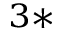
^ { 3 \ast }